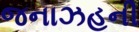
જનાઝહની